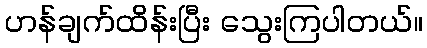
ဟန်ချက်ထိန်းပြီး သွေးကြပါတယ်။